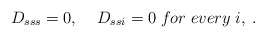
\begin{align*}D_{sss}=0,\;\;\;\;D_{ssi} =0\; for\;every\;i,\;. \end{align*}